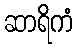
ဆာရိကံ